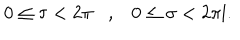
0 \leq \tau < 2 \pi , 0 \leq \sigma < 2 \pi l .